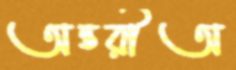
অন্তরীঅ